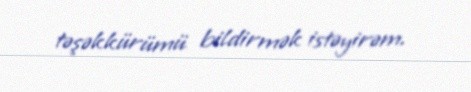
təşəkkürümü bildirmək istəyirəm.